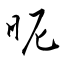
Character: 昵